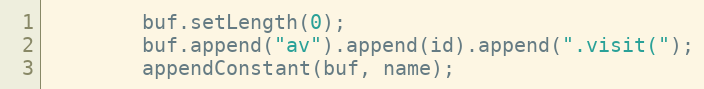
Language: Java
        buf.setLength(0);
        buf.append("av").append(id).append(".visit(");
        appendConstant(buf, name);